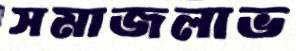
সমাজলাভ